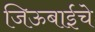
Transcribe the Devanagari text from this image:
जिऊबाईचे